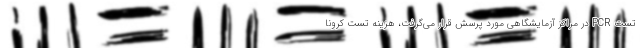
تست PCR در مراکز آزمایشگاهی مورد پرسش قرار می‌گرفت،‌ هزینه تست کرونا